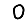
Digit: 0